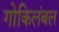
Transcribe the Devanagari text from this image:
गोकिलंबल